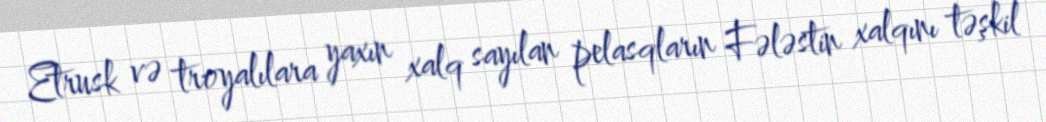
Etrusk və troyalılara yaxın xalq sayılan pelasqların Fələstin xalqını təşkil